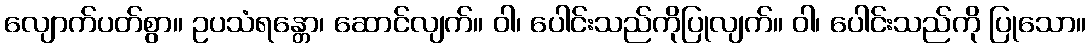
လျောက်ပတ်စွာ။ ဥပသံရန္တော၊ ဆောင်လျက်။ ဝါ၊ ပေါင်းသည်ကိုပြုလျက်။ ဝါ၊ ပေါင်းသည်ကို ပြုသော။